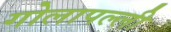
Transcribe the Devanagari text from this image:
गोलापल्ली